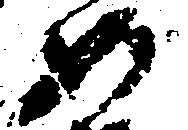
め